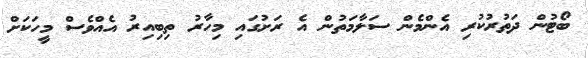
ބޯޓުން ދަތުރުކުރި އެންމެން ސަލާމަތުން އެ ރަށުގައި މިހާރު ތިބިއިރު އެއްވެސް މީހަކަށް